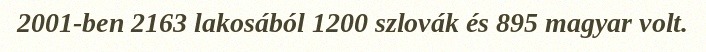
2001-ben 2163 lakosából 1200 szlovák és 895 magyar volt.